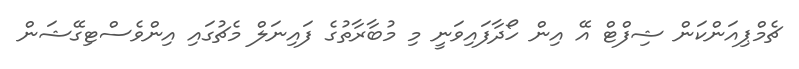
ޗެމްޕިއަންކަން ޝިފްޓް އޭ އިން ހޯދާފައިވަނީ މި މުބާރާތުގެ ފައިނަލް މެޗުގައި އިންވެސްޓިގޭޝަން